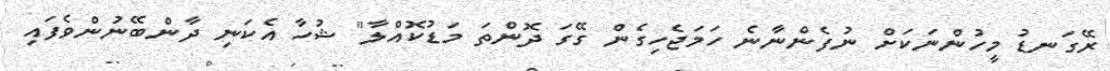
ރޭގަނޑު މީހުންނަކަށް ނުފެންނާނެ ހަމަޖެހިގެން ގޭގަ ދޮންތަ މަޑުކޮއްލާ" ޝުހާ އެކަނި ދާންބޭނުންވެފައި